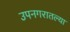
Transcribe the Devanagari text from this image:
उपनगरातल्या